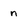
Character: n